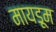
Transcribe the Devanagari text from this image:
मायडूम